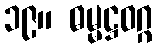
၁၉။ ဓမ္မဋ္ဌဝဂ္ဂ